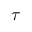
\tau